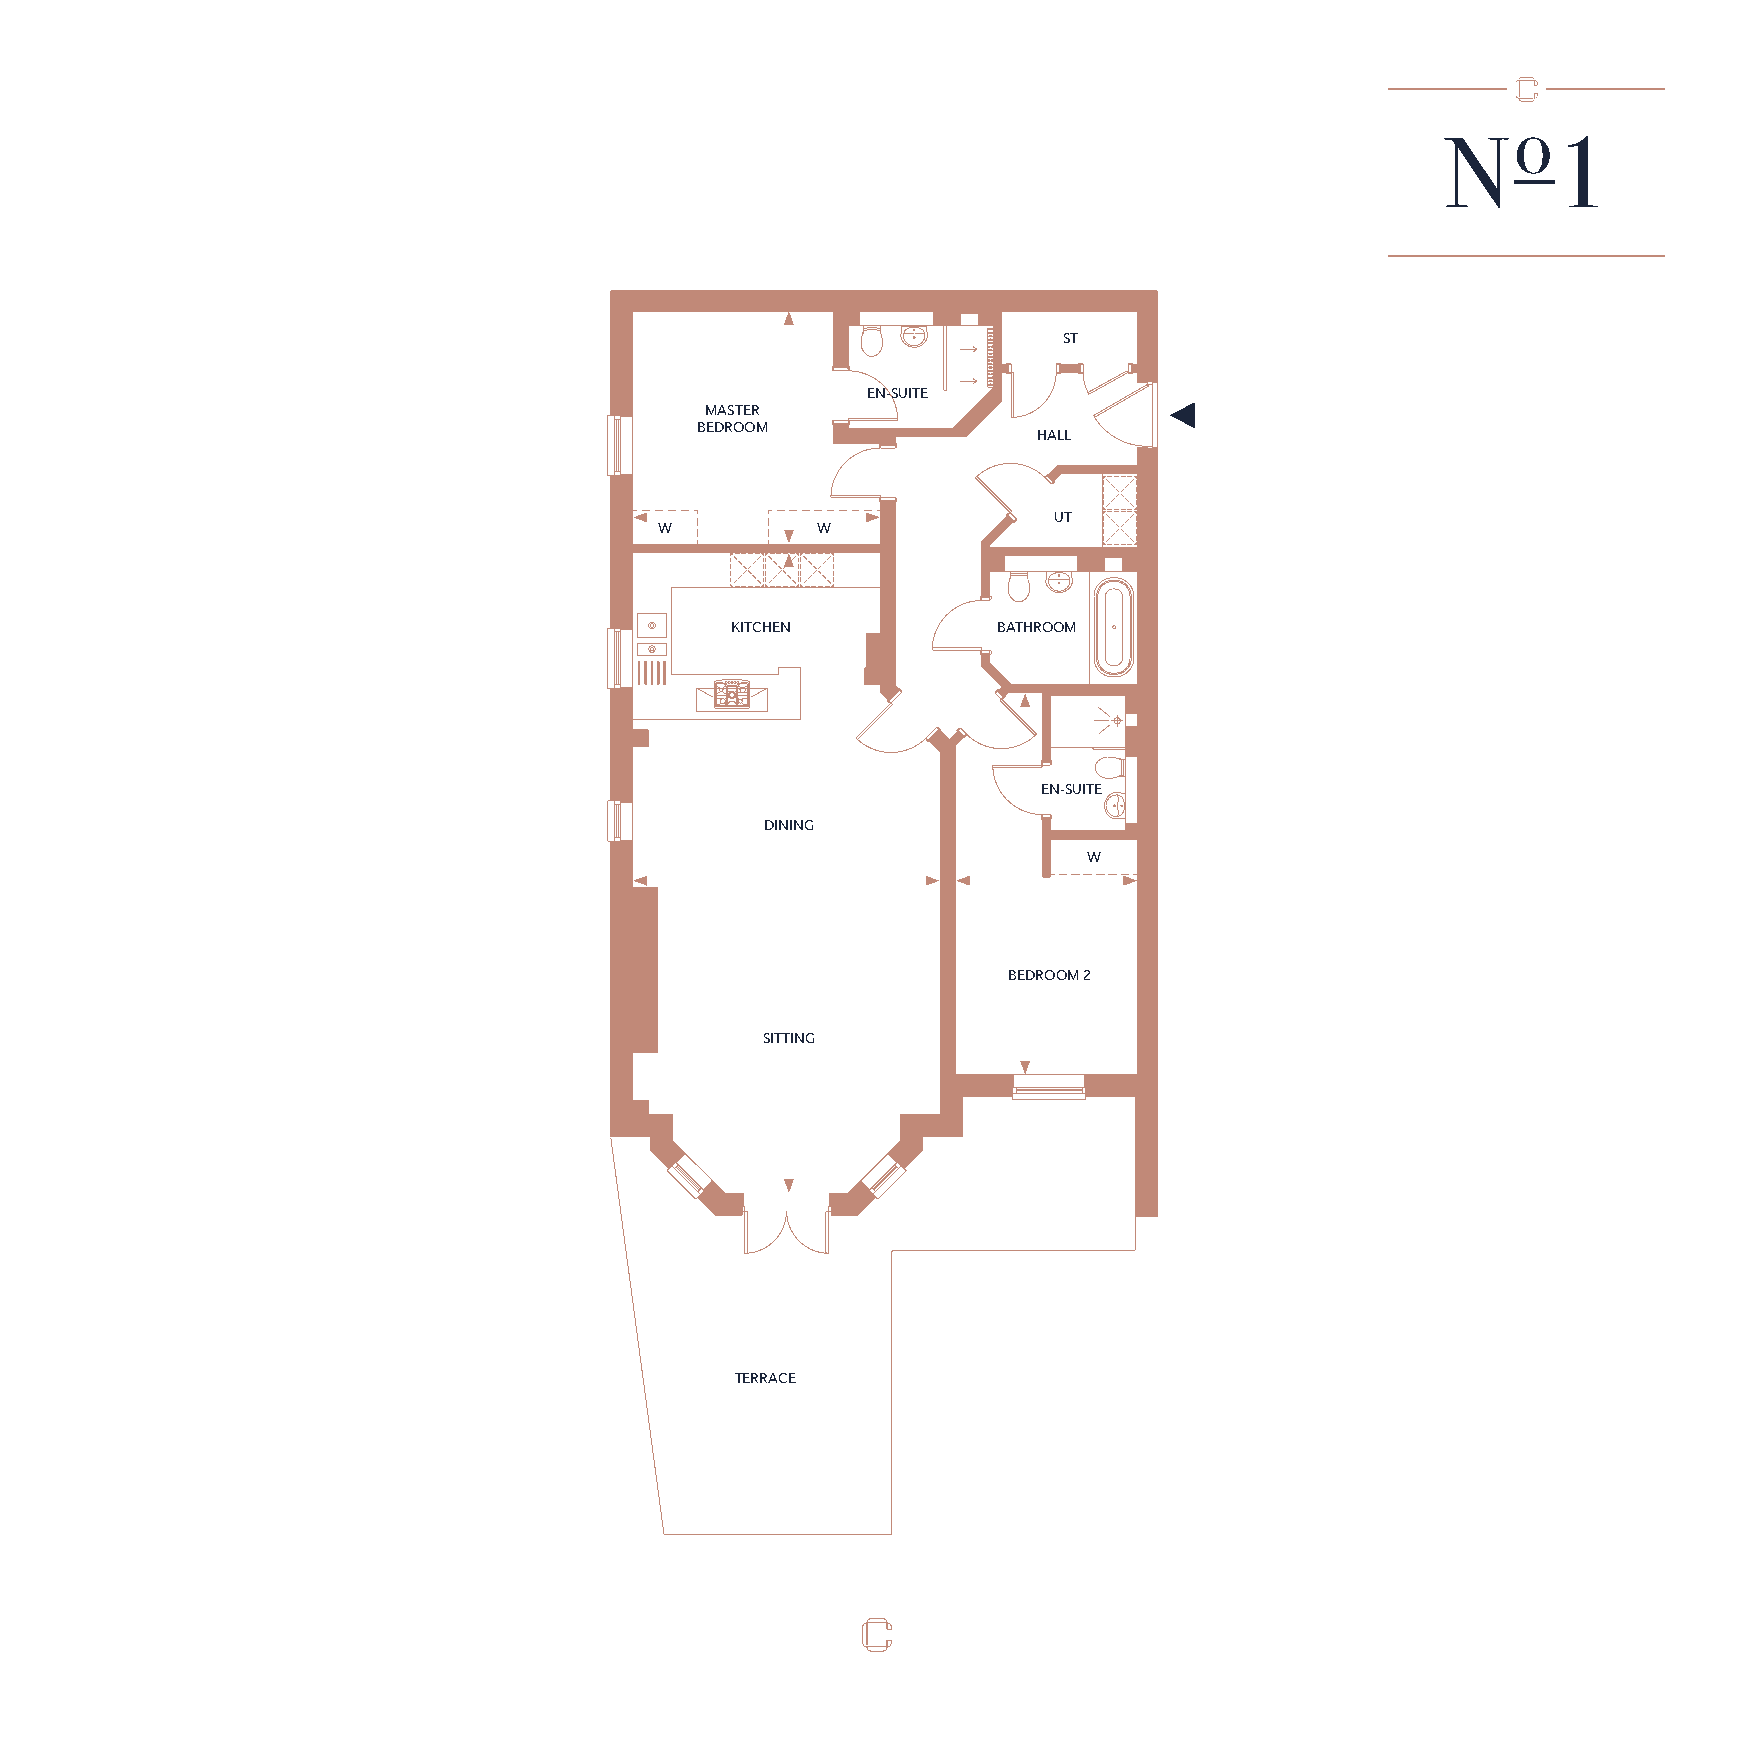
o
 N      1
 ST
 EN-SUITE
 MASTER
 BEDROOM
 HALL
 UT
 W         W
 KITCHEN           BATHROOM
 EN-SUITE
 DINING
 W
 BEDROOM 2
 SITTING
 TERRACE
 GROUND  FLOOR FLAT 1 PLAN